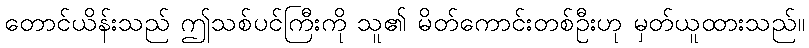
တောင်ယိန်းသည် ဤသစ်ပင်ကြီးကို သူ၏ မိတ်ကောင်းတစ်ဦးဟု မှတ်ယူထားသည်။